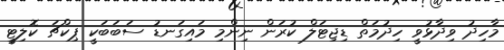
މާހިދު ވިދާޅުވީ ހިދުމަތް ޑިޖިޓަލް ކުރަން ނިންމި މައިގަނޑު ސަބަބަކީ ޕިކްޗަ ކޮލިޓީ